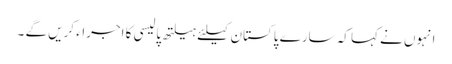
انہوں نے کہا کہ سارے پاکستان کیلئے ہیلتھ پالیسی کا اجراء کریں گے ۔